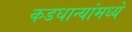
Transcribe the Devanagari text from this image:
कडधान्यांमध्ये